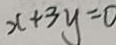
x + 3 y = 0